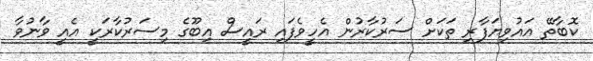
ކޮބާތޭ އައުވިޔަފާރި ތަކަށް ސަރުކާރުން އެހީވެފައި ރައީސް އިބޫގެ މިސަރުކާރަކީ އެއީ ވާނުވާ